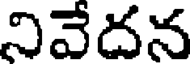
నివేదన